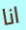
انا